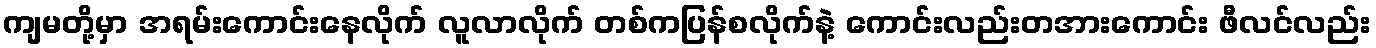
ကျမတို့မှာ အရမ်းကောင်းနေလိုက် လူလာလိုက် တစ်ကပြန်စလိုက်နဲ့ ကောင်းလည်းတအားကောင်း ဖီလင်လည်း